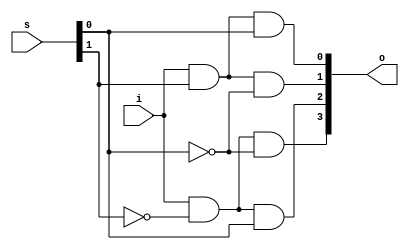
// Submission Date: 7 February 2024
// Updation Date: 25 Feb 2024

module deMUX_1to4(i, s, o);

    input i;
    input [0:1]s;
    output [0:3]o;

    wire s0_not, s1_not;

    assign s0_not = ~s[0];
    assign s1_not = ~s[1];

    assign o[0] = i & s0_not & s1_not;
    assign o[1] = i & s0_not & s[1];
    assign o[2] = i & s[0] & s1_not;
    assign o[3] = i & s[0] & s[1];

endmodule